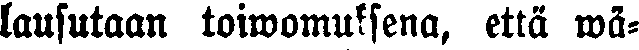
lausutaan toiwomuksena, että wä-